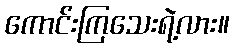
ကောင်းကြသေးရဲ့လား။